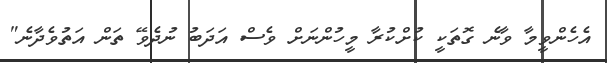
އެހެންވީމާ ވާނެ ގޮތަކީ ކުށްކުރާ މީހުންނަށް ވެސް އަދަބު ނުދެވޭ ތަން އަތުވެދާނެ"